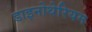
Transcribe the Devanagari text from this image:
डाइनोथेरियम